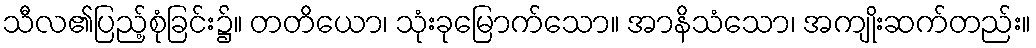
သီလ၏ပြည့်စုံခြင်း၌။ တတိယော၊ သုံးခုမြောက်သော။ အာနိသံသော၊ အကျိုးဆက်တည်း။